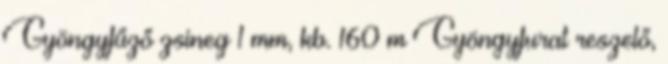
Gyöngyfűző zsineg 1 mm, kb. 160 m Gyöngyfurat reszelő,